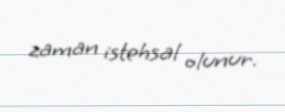
zaman istehsal olunur.